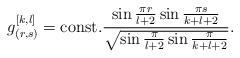
LaTeX: \begin{align*}g_{(r,s)}^{[k,l]}={\rm const.}{\sin{\pi r\over{l+2}}\sin{\pi s\over{k+l+2}}\over{\sqrt{\sin{\pi\over{l+2}}\sin{\pi\over{k+l+2}}}}}.\end{align*}